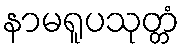
နာမရူပသုတ္တံ